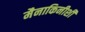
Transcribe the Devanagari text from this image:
मैनाकिनीशी